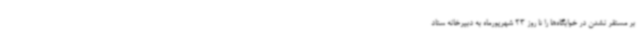
بر مستقر نشدن در خوابگاه‌ها را تا روز 23 شهریورماه به دبیرخانه ستاد